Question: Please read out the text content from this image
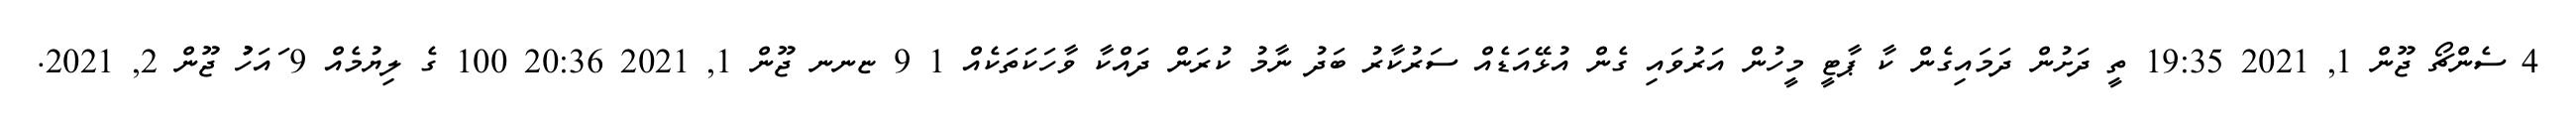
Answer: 4 ސެންޗޯ ޖޫން 1, 2021 19:35 ތީ ދަށުން ދަމައިގެން ކާ ޕާޓީ މީހުން އަރުވައި ގެން އުޅޭއަޑެއް ސަރުކާރު ބަދު ނާމު ކުރަން ދައްކާ ވާހަކަތަކެއް 1 9 ޏނނ ޖޫން 1, 2021 20:36 100 ގެ ލިޔުމެއް 9 ައަހުުު ޖޫން 2, 2021.